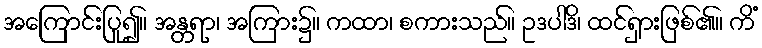
အကြောင်းပြု၍။ အန္တရာ၊ အကြား၌။ ကထာ၊ စကားသည်။ ဥဒပါဒိ၊ ထင်ရှားဖြစ်၏။ ကိံ